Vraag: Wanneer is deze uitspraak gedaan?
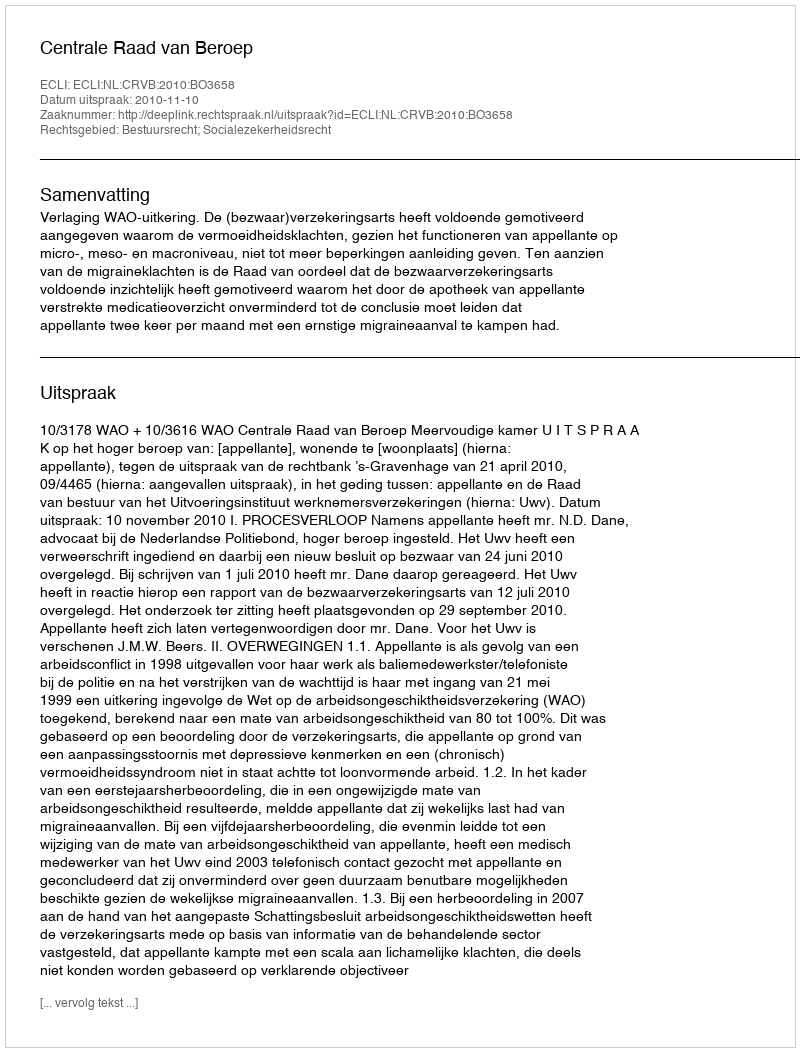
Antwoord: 2010-11-10